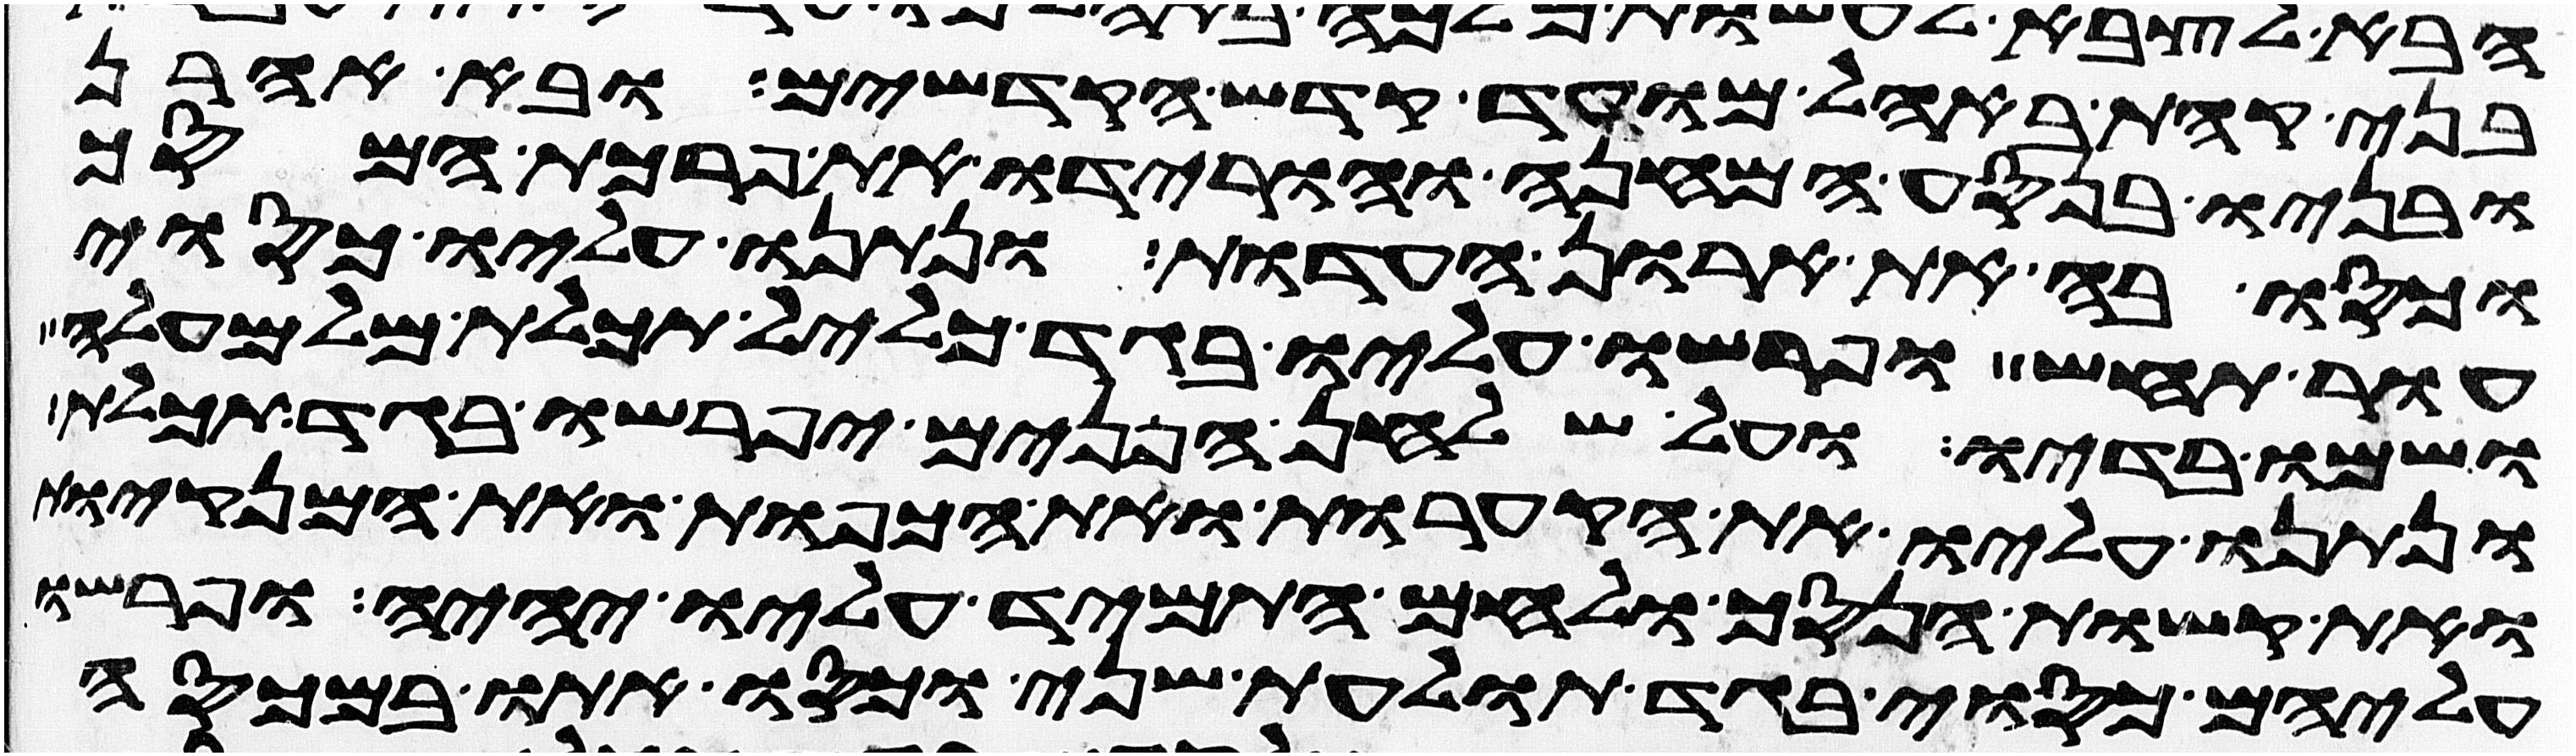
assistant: בני קהת באהל מועד קדש הקדשים ובא אהרן
ובניו בנסע המחנה והורידו את פרכת המסך
וכסו בה את ארון העדות ונתנו עליו כסוי
עור תחש ופרשו עליו בגד כליל תכלת מלמעלה
ושמו בדיו ועל שלחן הפנים יפרשו בגד תכלת
ונתנו עליו את הקערות ואת הכפות ואת המנקיות
ואת קשות הנסך ולחם התמיד עליו יהיה ופרשו
עליהם כסוי בגד תולעת שני וכסו אתו במכסה